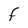
Character: F